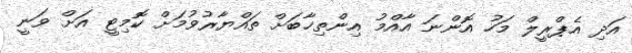
އަދި އެޕްރީލް މަހު އޮންނަ އާއްމު އިންތިޚާބަށް ތައްޔާރުވުމަށް ކޮމިޓީ އަށް ވަނީ